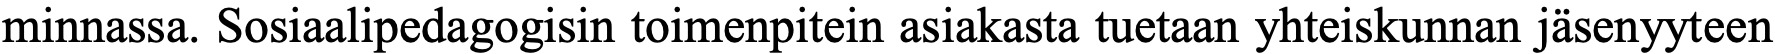
minnassa. Sosiaalipedagogisin toimenpitein asiakasta tuetaan yhteiskunnan jäsenyyteen